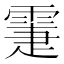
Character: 𩃖